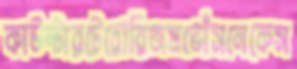
কাউন্টারটেরোরিজমভোঁসলেকেস